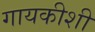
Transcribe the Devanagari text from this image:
गायकीशी